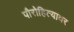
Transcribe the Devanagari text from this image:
पौरोहित्यावर